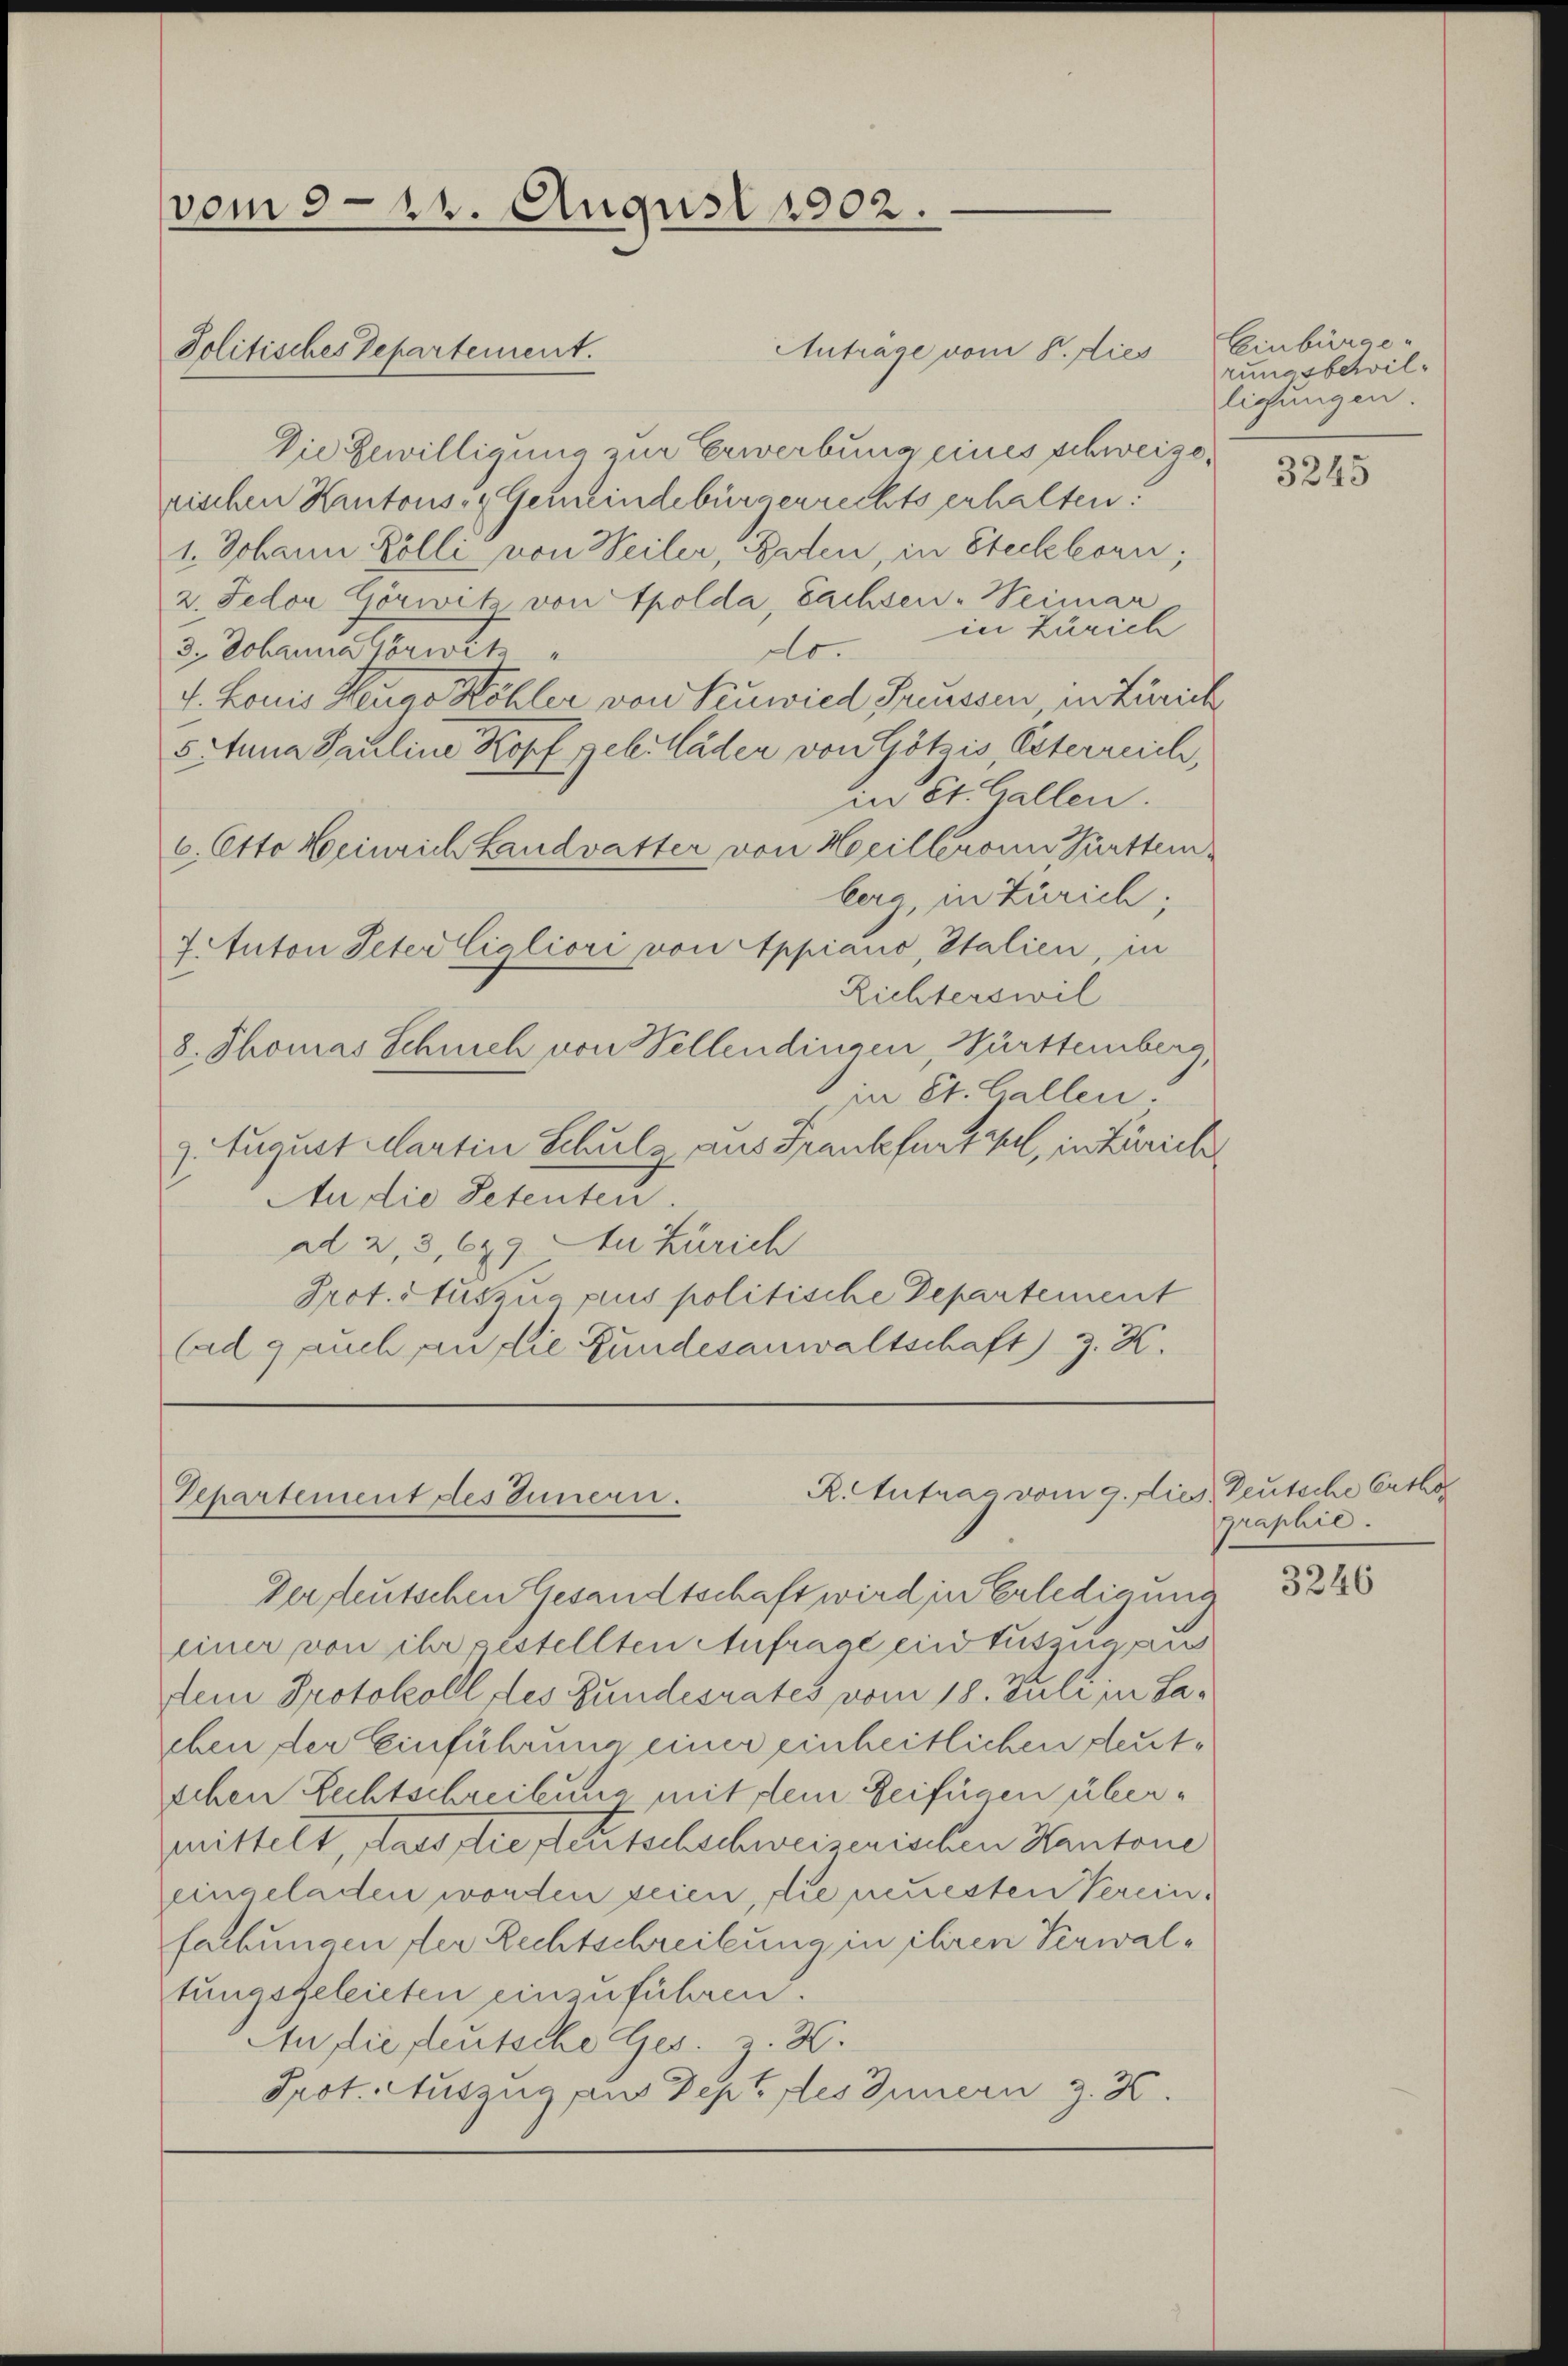
vom 312. August 1902.

Jolitisches Separtement.

Anträge vom 8. dies
Die Gewilligung zur Erwerbung eines schweizerischen Kantons- & Gemeindebürgerrechts erhalten.
1. Johann Kölli von Weiler, Baden, in Steckborn,
2. Fedor Görwitz von Spolda, Sachsen-Weimar
in Zürich
do.
3. Johanna Gorwitz
4. Louis Heuer Köhler von Seuwied Greussen, in Zürich
5. Anna Pauline Kopf geb. Häder von Götzis, Esterreich,
in St. Gallen.
6. Otto Heinrich Landvatter von Heilleronn Furttemberg, in Zürich;
7 Anton Peter Cigliori von Appiačić, Italien, in
Lichterswil
8. Thomas Schrich von Wellendingen, Württemberg,
in St. Gallen:
z. August Martin Schulz aus Frankfurteil, in Zürich
adio Petenten
ad 2, 3, 629 Au Zürich
Prot. Auszua plus politische Departement
(ad 9 auch an die Fundesanwaltschaft) z. K.

R. Antrag vom 9. dies, Deutsche Erthe
Departement des Innern.

Prot. Auszug aus Dept des Innern z. 36.

Der deutschen Gesandtschaft wird in Erledigung
einer von ihr restellten Anfrage eintuszug au
dem Protokoll des Bundesrates vom 18. Juli in Saeben der Einführung einer einheitlichen deutschen Rechtschreibung mit dem Beifügen übermittelt, laus sie seitschschweisenischen Kantone
eingeladen worden seien, die neuesten Verein.
fachungen der Rechtschreibung in ihren Verwaltungsgeleisten einzuführen.
An die deutsche Ges. z. B.

Einbürger
rungsschillichungen.

3245

graphie.

3246